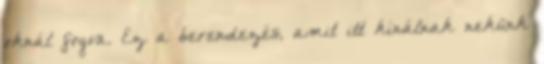
oknál fogva. Ez a berendezés, amit itt kínálnak nekünk